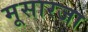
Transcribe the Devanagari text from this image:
मूसारजा